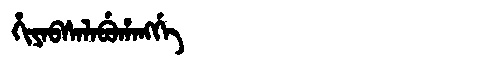
Manchu: ᡥᡳᠶᠠᠪᠰᠠᠯᠠᠪᡠᡥᠠᠩᡤᡝ
Romanization: HIYABSALABUHANGGE